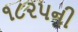
૧૮૨૫ની